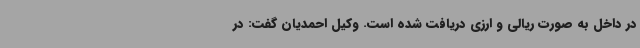
در داخل به صورت ریالی و ارزی دریافت شده است. وکیل احمدیان گفت: در